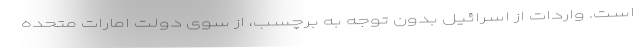
است. واردات از اسرائیل بدون توجه به برچسب، از سوی دولت امارات متحده